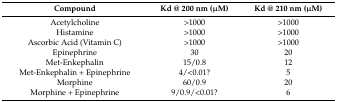
| Compound | Kd @ 200 nm (μM) | Kd @ 210 nm (μM) |
 | --- | --- | --- |
 | Acetylcholine | >1000 | >1000 |
 | Histamine | >1000 | >1000 |
 | Ascorbic Acid (Vitamin C) | >1000 | >1000 |
 | Epinephrine | 30 | 20 |
 | Met-Enkephalin | 15/0.8 | 12 |
 | Met-Enkephalin + Epinephrine | 4/<0.01? | 5 |
 | Morphine | 60/0.9 | 20 |
 | Morphine + Epinephrine | 9/0.9/<0.01? | 6 |